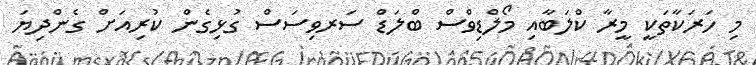
މި ހަރަކާތަކީ މީރާ ކްލަބާއި މޯލްޑިވްސް ބްލަޑް ސަރވިސަސް ގުޅިގެން ކުރިއަށް ގެންދިޔަ